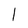
Character: 1